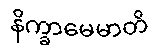
နိက္ခာမေမာတိ